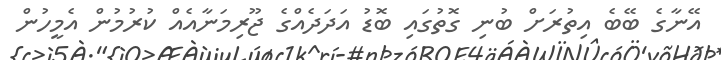
އޭނާގެ ބޭބެ އިތުރަށް ބުނި ގޮތުގައި ބޮޑު އަދަދެއްގެ ޖޫރިމަނާއެއް ކުރުމުން އެމީހުން